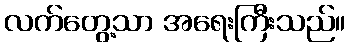
လက်တွေ့သာ အရေးကြီးသည်။